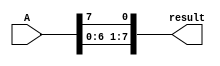
`timescale 1ns / 1ps


module SHIFT(
input [7:0] A,
output reg [7:0] result
    );

always @(A) begin
result[7:1] <= A[6:0];
result[0] <= A[7];
end
endmodule